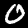
Label: 0